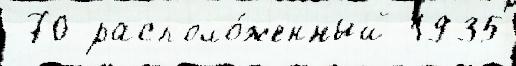
 70 располо́женный 1935